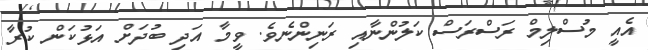
އެއީ މުސްލިމް ރަސްރަސް ކަލުންނާއި ރަނިންނެވެ. ވީމާ އަދި ބުދަށް އަޅުކަން ކުރާ